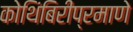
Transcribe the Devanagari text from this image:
कोथिंबिरीप्रमाणे